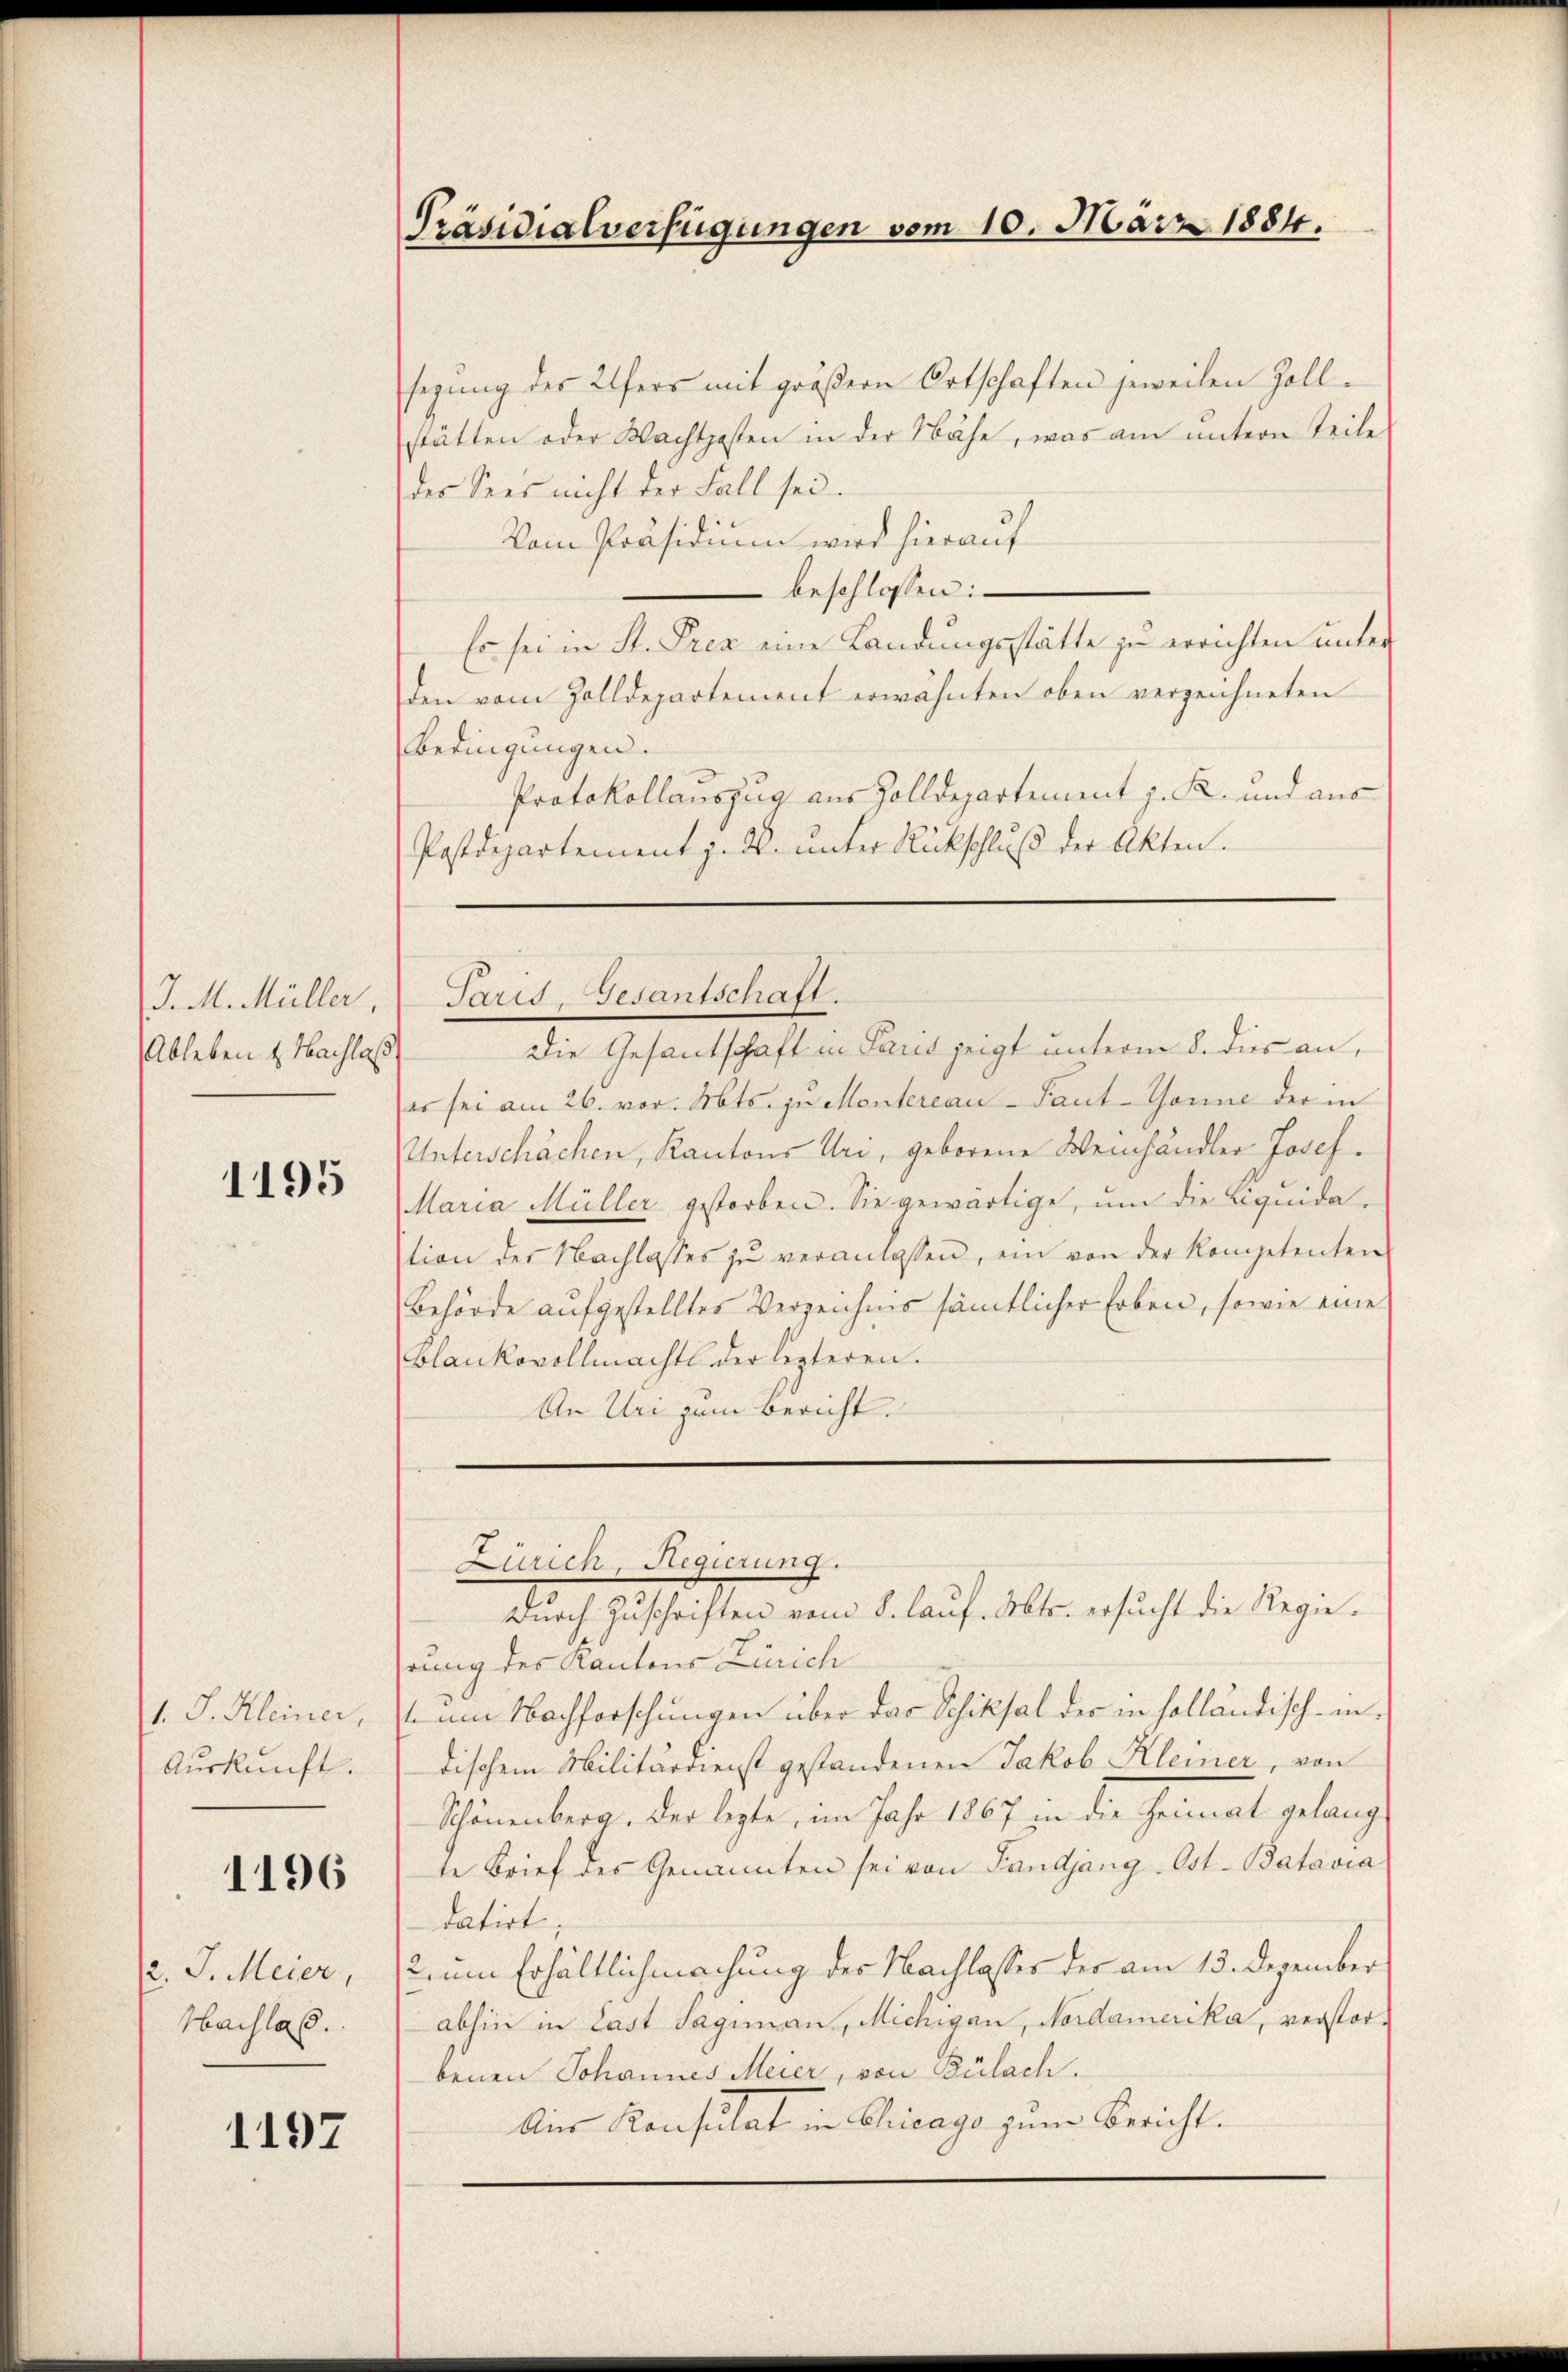
J. M. Müller,
Ableben & Nachlaß

1195

1. S. Kleiner,
Auskunft.

1196

2. J. Meier,
Nachlaß.

1197

Präsidialverfügungen vom 10. März 1884.

segung des Ufers mit größern Ortschaften jeweilen Zoll-
stätten oder Wachtposten in der Nähe, was am untern Teile
der Sees nicht der Fall sei.
Vom Präsidium wird hierauf
beschlossen:
Es sei in St. Prea eine Landungsstätte zu errichten unter
den vom Zolldepartement erwähnten oben verzeichneten
Bedingungen.
Protokollauszug aus Zolldepartement z. K. und aus
Postdepartement z. B. unter Rückschlŭβ der Akten.

Paris, Gesantschaft.

Die Gesantschaft in Paris zeigt unterm 8. dies an,
es sei am 26. vor. Mts. zu Montereau - Sant-Tonne der in
Unterschächen, Kantons Uri, geborene Weinhändler Josef.
Maria Müller gestorben. Sie gewärtige, ŭm die Liquidation der Nachlasses zŭ veranlassen, ein von der Kompetenten
Behörde aufgestelltes Verzeichnis sämtlicher Erben, sowie eine
Blankovollmacht der lezteren.
An Uri zum Bericht.

rung des Kantons Zürich
 am Nachforschungen über das Schiksal der in holländisch-indischem Militärdienst gestandenen Jakob Kleiner, von
Schönenberg, der lezte, im Jahr 1867 in die Heimat gelang
te Brief des Genannten sei von Landjang. Ost-Batavia
datirt,
2 um Erhältlichmachung der Nachlasses der am 13. Dezember
abhin in Last Sagiman, Michigan, Nordamerika, verstorbenen Johannes Meier, von Bülach.
Aus Konsulat in Chicago zum Bericht.

Zürich, Regierung.
Durch Zuschriften vom 8. lauf. Mts. ersucht die Regie¬